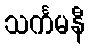
သင်္ကမနီ